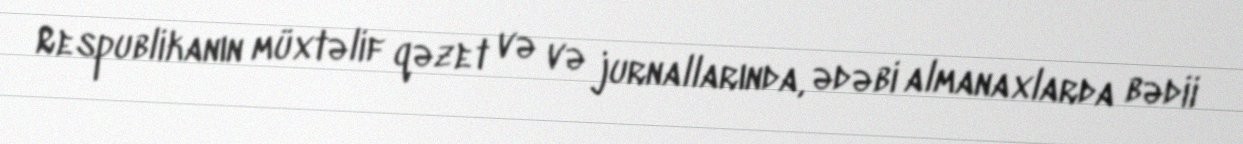
Respublikanın müxtəlif qəzet və və jurnallarında, ədəbi almanaxlarda bədii